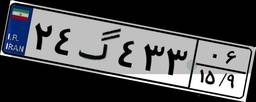
۹۱گ۳۸۳۰۴